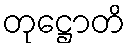
တုဋ္ဌောတိ